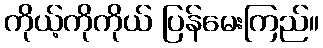
ကိုယ့်ကိုကိုယ် ပြန်မေးကြည်။